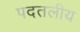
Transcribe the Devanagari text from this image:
पदतलीय